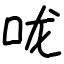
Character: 咙